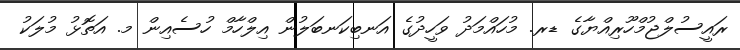
ރައީސުލްޖުމްހޫރިއްޔާގެ ޑރ. މުހައްމަދު ވަހީދުގެ އަނބިކަނބަލުން އިލްހާމް ހުސެއިން މ. އަތޮޅު މުލަކު